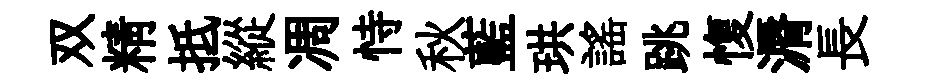
双精抵縱凋恃秋藍珙謡跳愎漘長